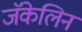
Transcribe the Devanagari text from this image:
जॅकेलिन